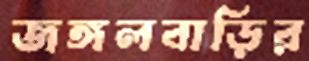
জঙ্গলবাড়ির